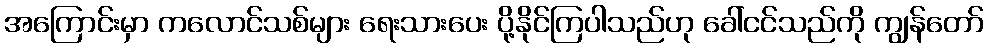
အကြောင်းမှာ ကလောင်သစ်များ ရေးသားပေး ပို့နိုင်ကြပါသည်ဟု ခေါ်ငင်သည်ကို ကျွန်တော်